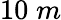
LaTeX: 10\; m